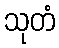
သုတံ